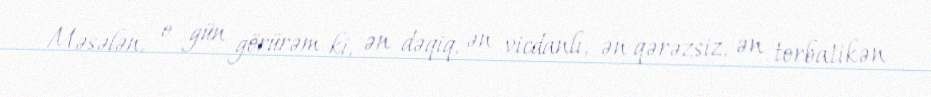
Məsələn, o gün görürəm ki, ən dəqiq, ən vicdanlı, ən qərəzsiz, ən torbatikən